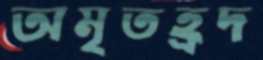
অমৃতহ্রদ